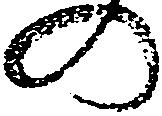
の